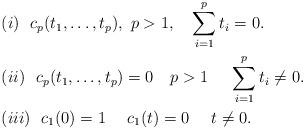
LaTeX: \begin{align*} & (i) \ \ c_p(t_1, \ldots, t_p), \ p>1, \ \ \ \sum_{i=1}^p t_i=0. \\ & (ii) \ \ c_p(t_1, \ldots, t_p)=0 \ \ \ p>1 \ \ \ \ \sum_{i=1}^p t_i\neq 0.\\ & (iii) \ \ c_1(0)=1 \ \ \ \ c_1(t)=0 \ \ \ \ t\neq 0. \end{align*}